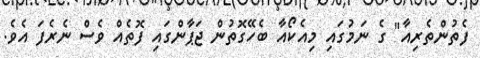
ފެތުންތެރިއާ" ގެ ނަމުގައި މިއެކޯއާ ބެހޭގޮތުން ޖަޕާންގައި ފޮތެއް ވެސް ނެރެފަ އެވެ.